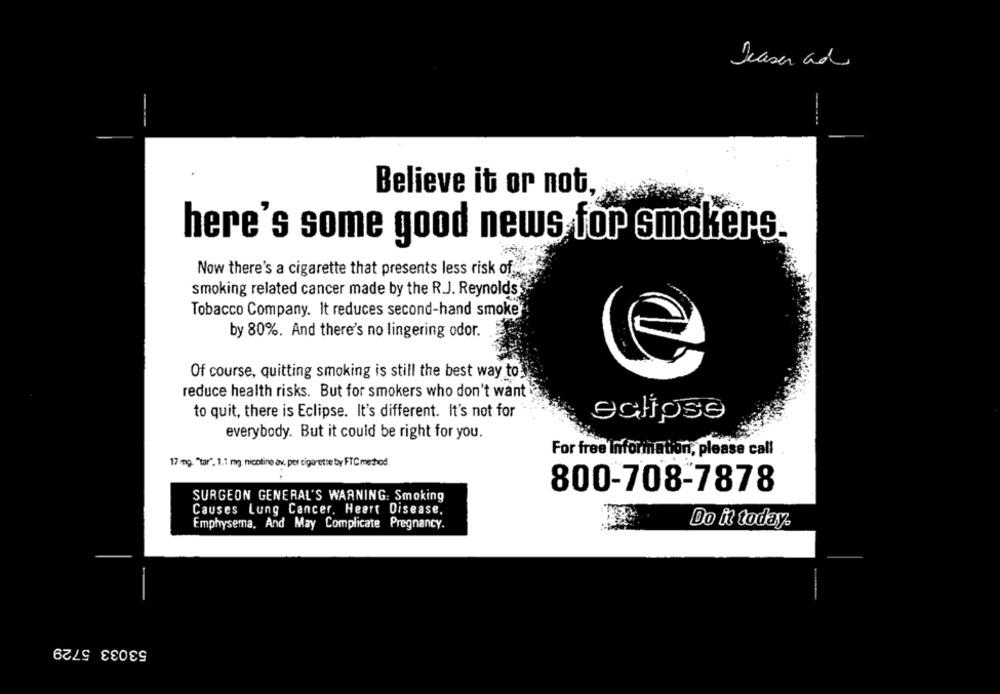
Deaser ada
Believe it or not,
here's some good news for smokers.
Now there's a cigarette that presents less risk of
smoking related cancer made by the R.J. Reynolds
Tobacco Company. It reduces second-hand smoke
by 80%. And there's no lingering odor.
Of course, quitting smoking is still the best way to.
reduce health risks. But for smokers who don't want
to quit, there is Eclipse. It's different. It's not for
eclipse
everybody. But it could be right for you.
For free Information, please call
17 mg "tar". 1.1 mg. nicotine av. per cigarette by FTCmethod
800-708-7878
SURGEON GENERAL'S WARNING: Smoking
Causes Lung Cancer. Heart Disease.
Emphysema, And May Complicate Pregnancy.
Do it today.
53033 5729